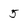
Character: 5